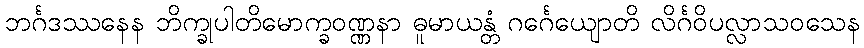
ဘင်္ဂဒဿနေန ဘိက္ခုပါတိမောက္ခဝဏ္ဏနာ ဓူမာယန္တံ ဂင်္ဂေယျောတိ လိင်္ဂဝိပလ္လာသဝသေန